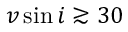
v \sin i \gtrsim 3 0